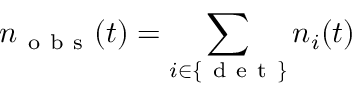
n _ { \mathrm { ~ o ~ b ~ s ~ } } ( t ) = \sum _ { i \in \{ \mathrm { ~ d ~ e ~ t ~ } \} } n _ { i } ( t )